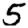
Digit: 5